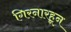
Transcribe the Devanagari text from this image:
गिरनारहून